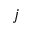
j